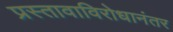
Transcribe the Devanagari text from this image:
प्रस्तावाविरोधानंतर